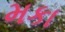
મકા